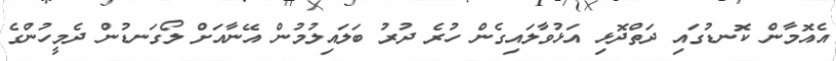
އެއޮމާން ކޮނޑުގައި ދަތްދޮޅި އަޅުވާލައިގެން ހުރެ ދުރު ބަލައިލުމުން އޭނާއަށް ލޯގަނޑުން ދެމީހުންގެ